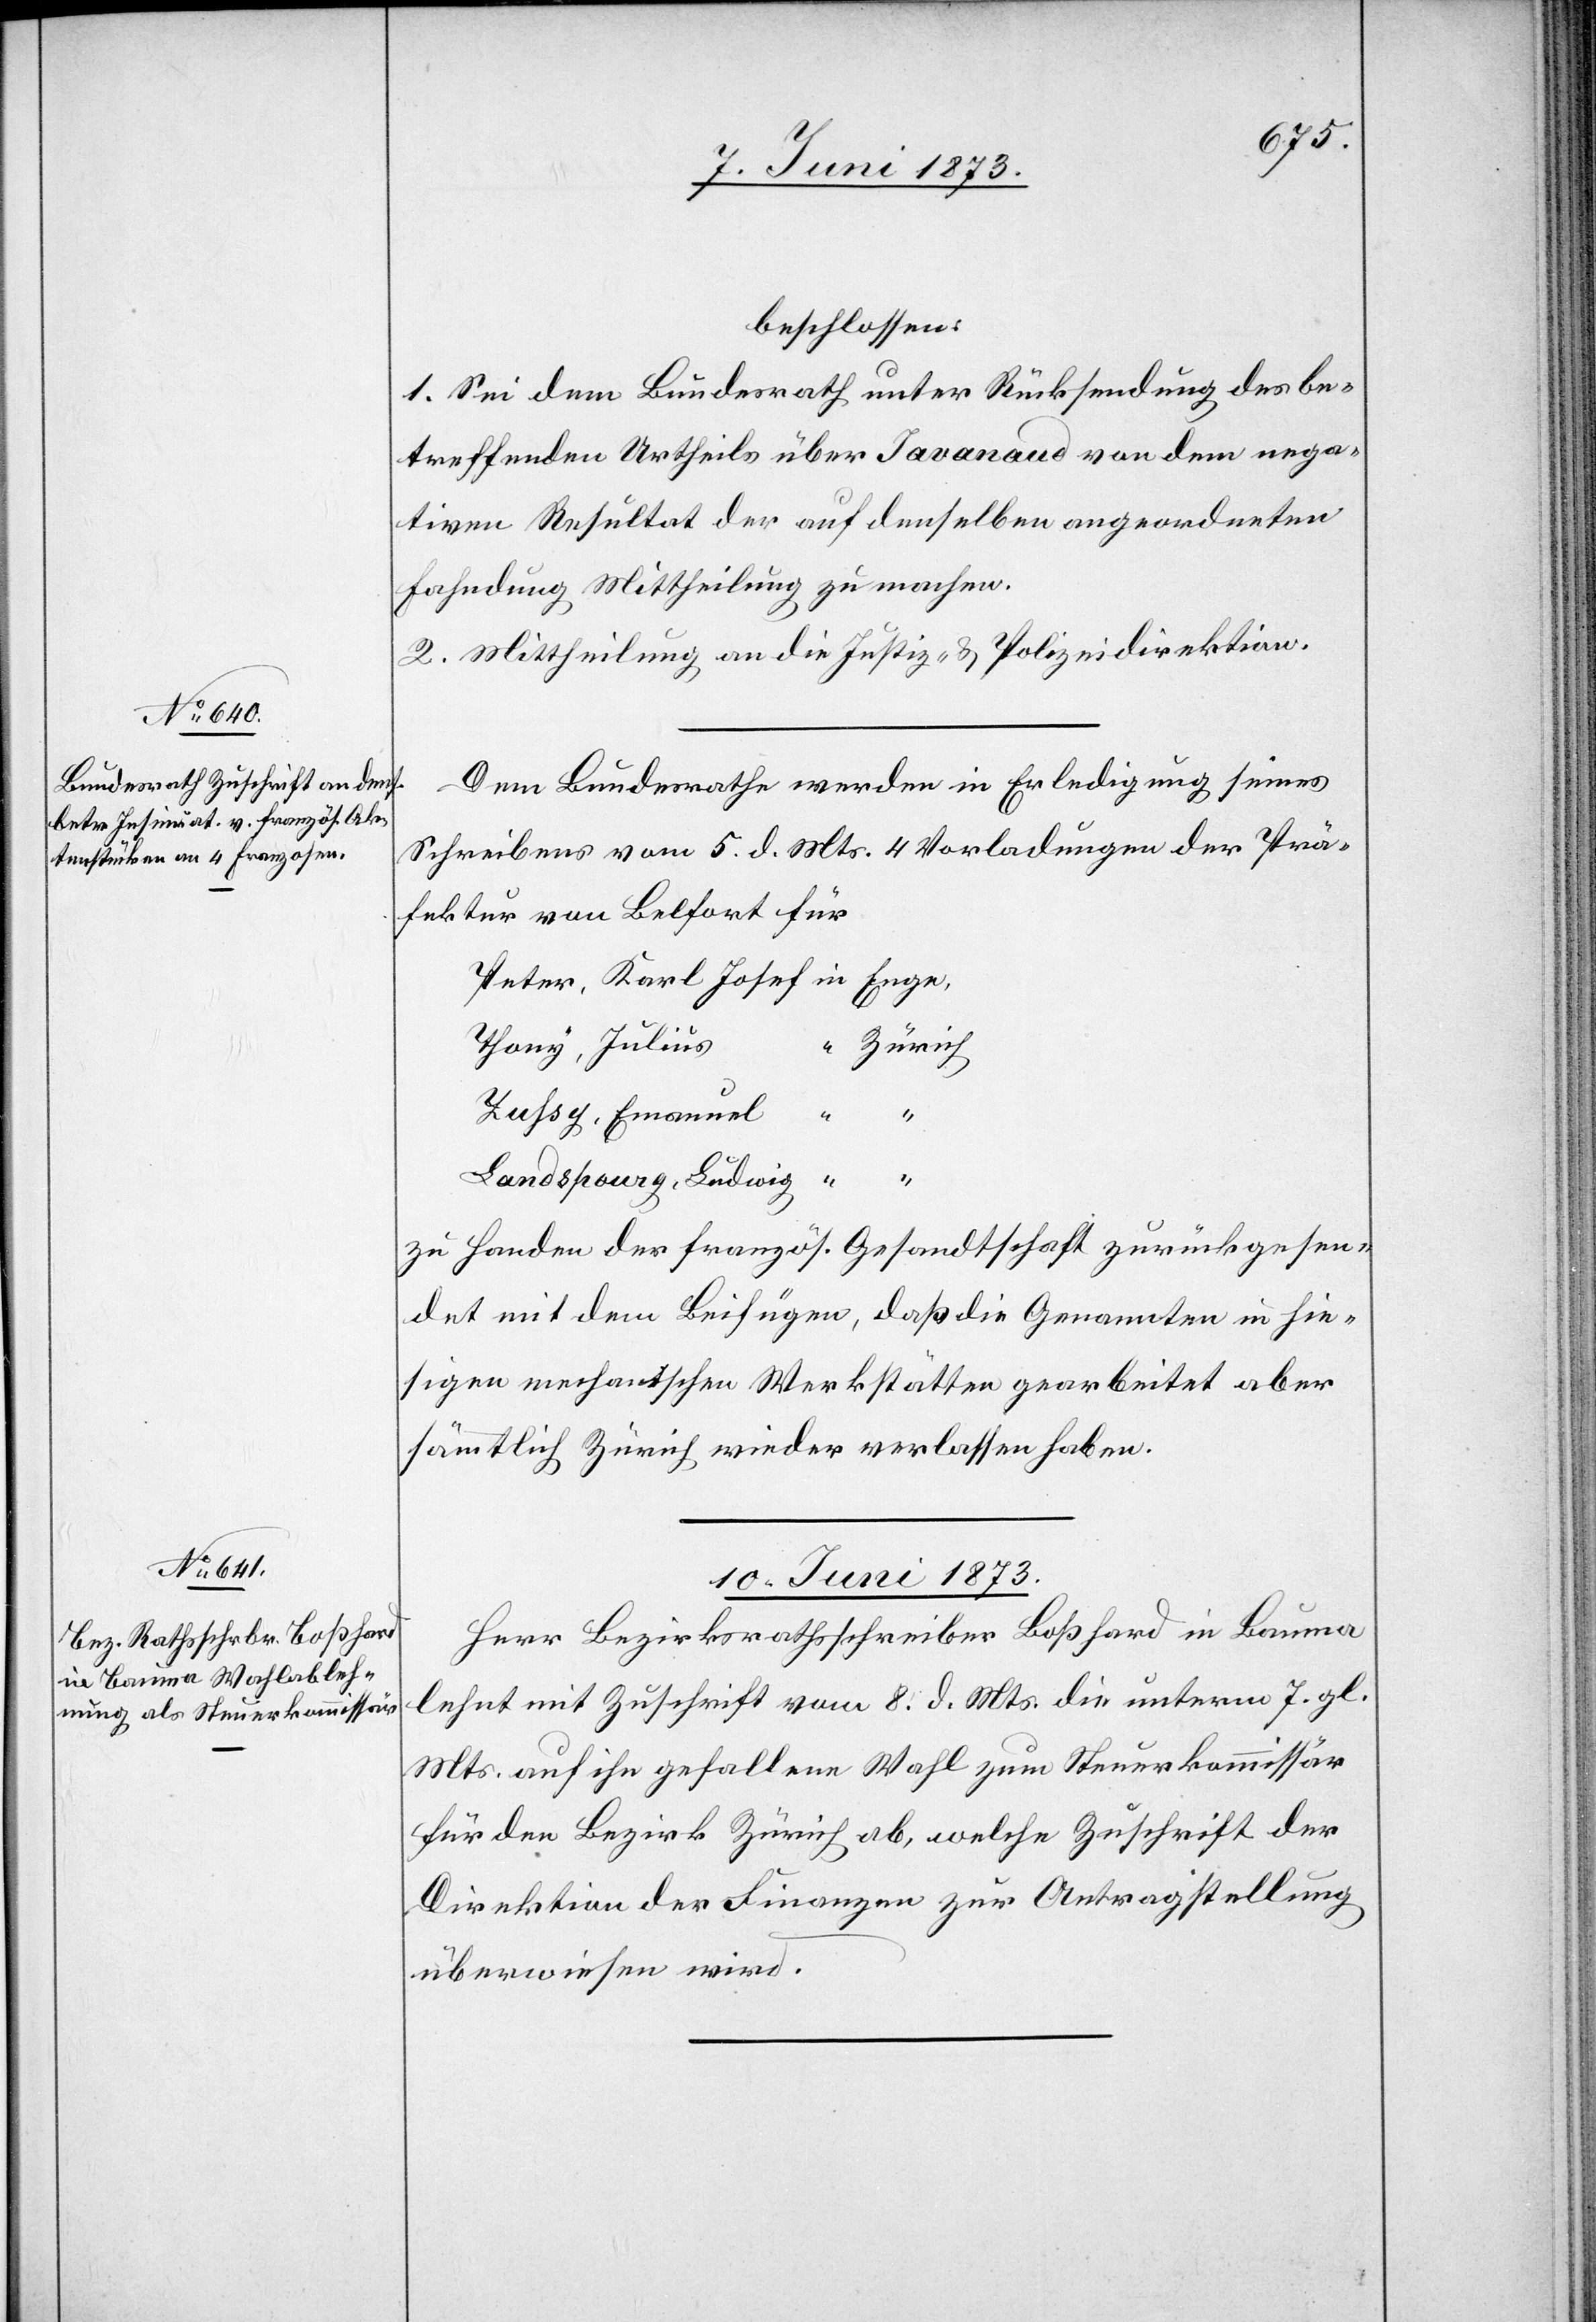
9. Juni 1873.]
beschlossen:
1. Sei dem Bundesrath unter Rücksendung des be¬
treffenden Urtheils über Javanaud von dem nega¬
tiven Resultat der auf denselben angeordneten
Fahndung Mittheilung zu machen.
2. Mittheilung an die Justiz- & Polizeidirektion.
Dem Bundesrath werden in Erledigung seines
Schreibens vom 5. d. Mts. 4 Vorladungen der Prä¬
fektur von Belfort für
Thony, Julius
Zürich
Yuhsy, Emanuel
Landspourg, Ludwig
zu Handen der französ. Gesandtschaft zurückgesen¬
det mit dem Beifügen, daß die Genannten in hie¬
sigen mechanischen Werkstätten gearbeitet aber
sämmtlich Zürich wieder verlassen haben.
10. Juni 1873.
Herr Bezirksrathsschreiber Boßhard in Bauma
lehnt mit Zuschrift vom 8. d. Mts. die unterm 7. gl.
Mts. auf ihn gefallene Wahl zum Steuerkommissär
für den Bezirk Zürich ab, welche Zuschrift der
Direktion der Finanzen zur Antragstellung
überwiesen wird.